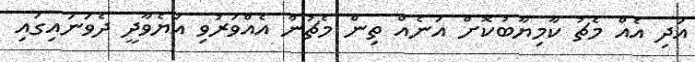
އަދި އެއް މެޗު ކާމިޔާބުކޮށް އަނެއް ތިން މެޗުން އެއްވަރުވި އަޔެވާދީ ދެވަނައިގައި